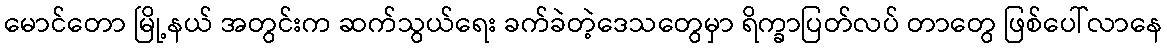
မောင်တော မြို့နယ် အတွင်းက ဆက်သွယ်ရေး ခက်ခဲတဲ့ဒေသတွေမှာ ရိက္ခာပြတ်လပ် တာတွေ ဖြစ်ပေါ်လာနေ